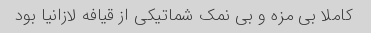
کاملا بی مزه و بی نمک شماتیکی از قیافه لازانیا بود